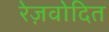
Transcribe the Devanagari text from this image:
रेज़वोदित